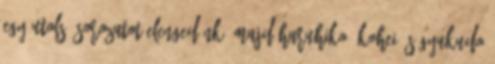
egy utolsó sorozatot elengedünk, majd Haruhiko, Kohei és Gyukudo